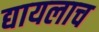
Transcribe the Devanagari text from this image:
द्यायलाच